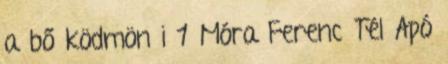
a bő ködmön i 1 Móra Ferenc Tél Apó